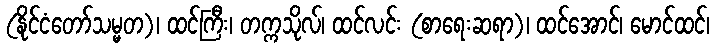
(နိုင်ငံတော်သမ္မတ)၊ ထင်ကြီး၊ တက္ကသိုလ်၊ ထင်လင်း (စာရေးဆရာ)၊ ထင်အောင်၊ မောင်ထင်၊